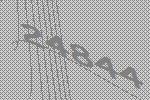
24844